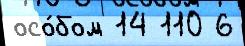
осо́бом 14 110 6